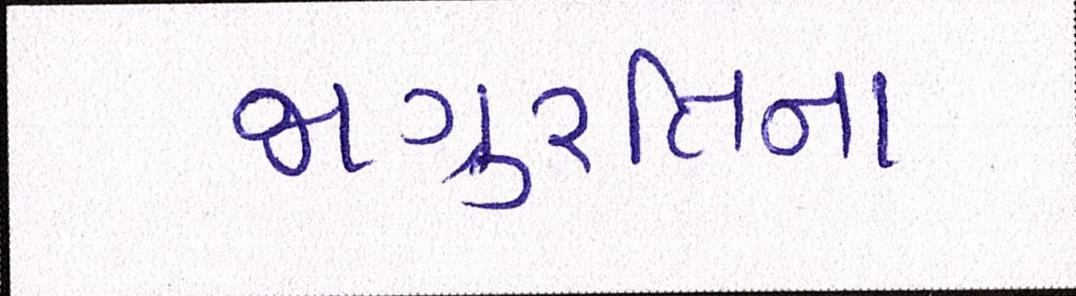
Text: જાગુ્રતિના